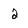
Character: 2